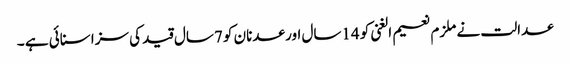
عدالت نے ملزم نعیم الغنی کو 14سال اور عدنان کو 7سال قید کی سزا سنائی ہے ۔